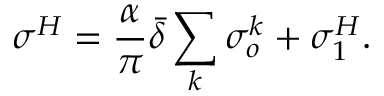
\sigma ^ { H } = \frac { \alpha } { \pi } \bar { \delta } \sum _ { k } \sigma _ { o } ^ { k } + \sigma _ { 1 } ^ { H } .